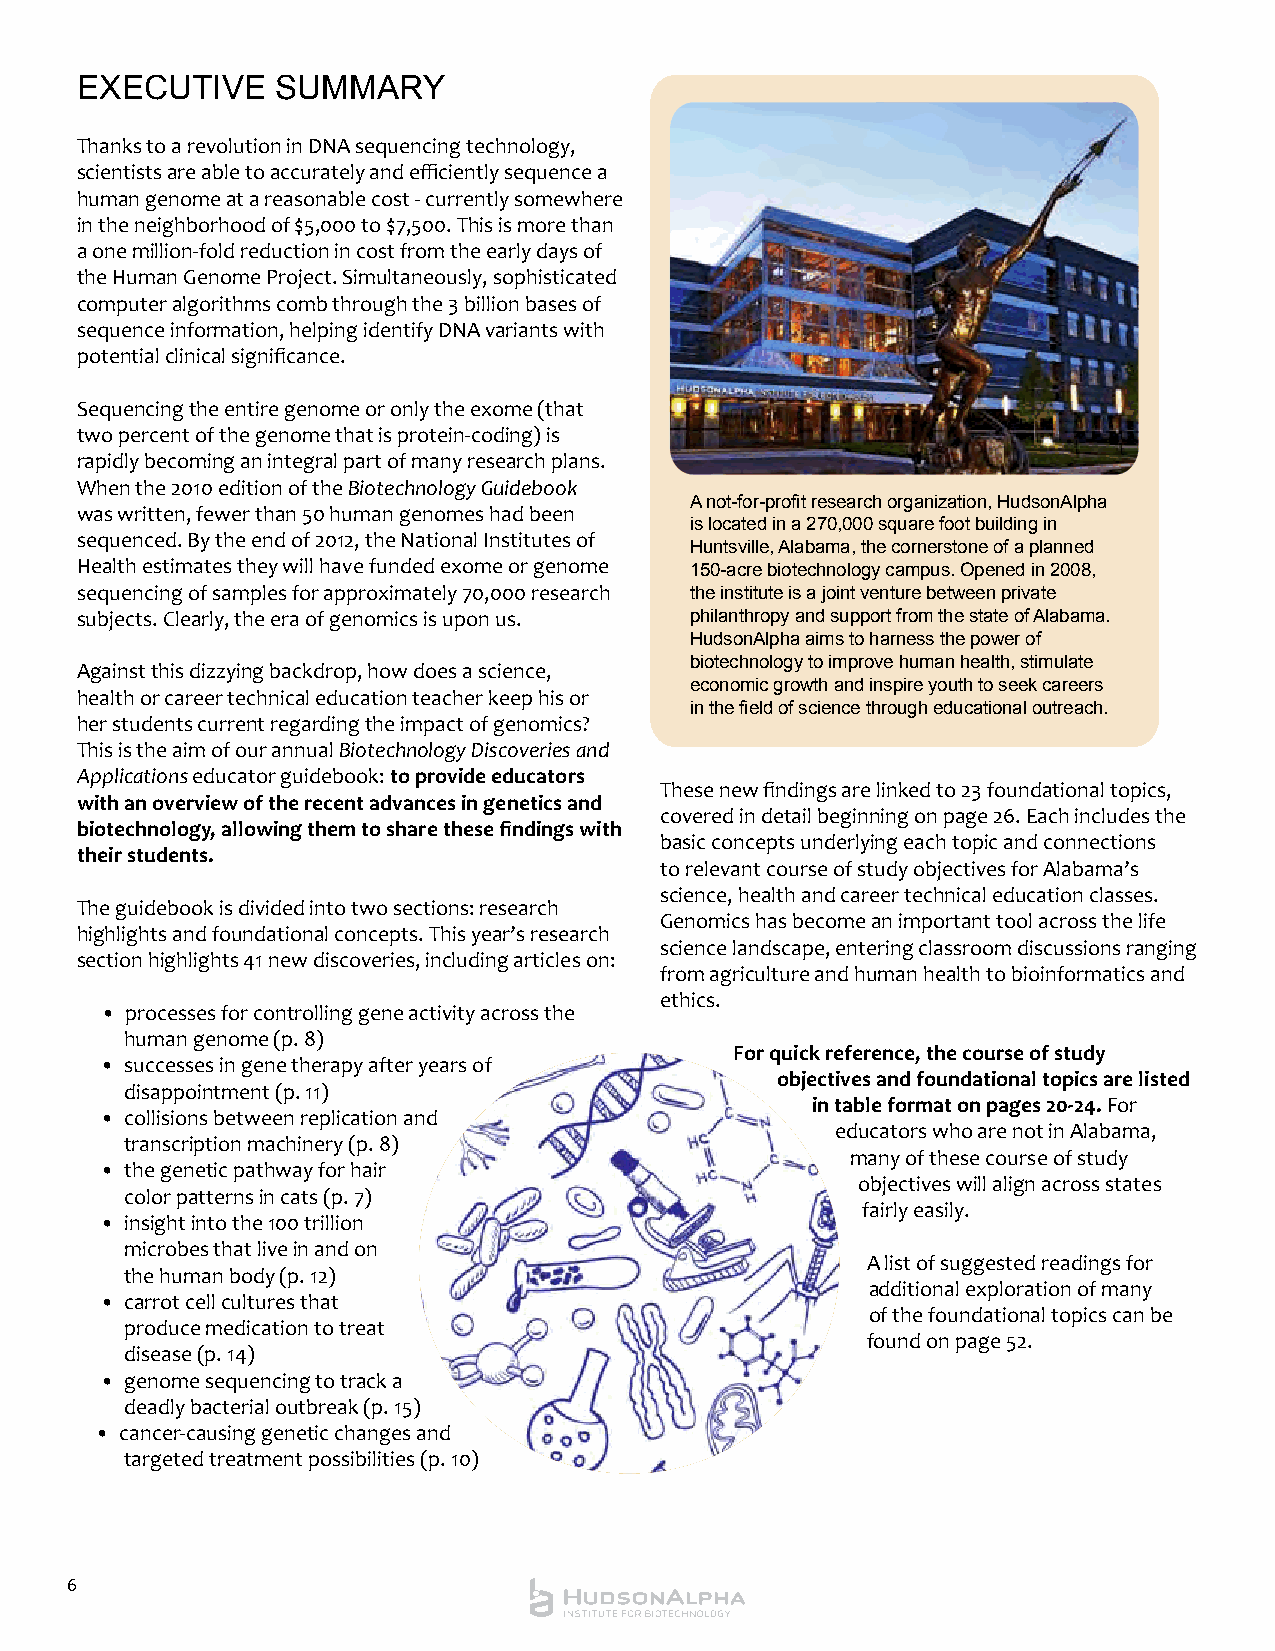
exeCUtIVe    sUMMARy
 Thanks to a revolution in DNA sequencing technology,
 scientists are able to accurately and efficiently sequence a
 human genome at a reasonable cost - currently somewhere
 in the neighborhood of $5,000 to $7,500. This is more than
 a one million-fold reduction in cost from the early days of
 the Human Genome Project. Simultaneously, sophisticated
 computer algorithms comb through the 3 billion bases of
 sequence information, helping identify DNA variants with
 potential clinical significance.
 Sequencing the entire genome or only the exome (that
 two percent of the genome that is protein-coding) is
 rapidly becoming an integral part of many research plans.
 When the 2010 edition of the Biotechnology Guidebook
 A not-for-profit research organization, HudsonAlpha
 was written, fewer than 50 human genomes had been
 is located in a 270,000 square foot building in
 sequenced. By the end of 2012, the National Institutes of
 Huntsville, Alabama, the cornerstone of a planned
 Health estimates they will have funded exome or genome 150-acre biotechnology campus. Opened in 2008,
 sequencing of samples for approximately 70,000 research the institute is a joint venture between private
 subjects. Clearly, the era of genomics is upon us. philanthropy and support from the state of Alabama.
 HudsonAlpha aims to harness the power of
 biotechnology to improve human health, stimulate
 Against this dizzying backdrop, how does a science,
 economic growth and inspire youth to seek careers
 health or career technical education teacher keep his or
 in the field of science through educational outreach.
 her students current regarding the impact of genomics?
 This is the aim of our annual Biotechnology Discoveries and
 Applications educator guidebook: to provide educators
 These new findings are linked to 23 foundational topics,
 with an overview of the recent advances in genetics and
 covered in detail beginning on page 26. Each includes the
 biotechnology, allowing them to share these findings with
 basic concepts underlying each topic and connections
 their students.
 to relevant course of study objectives for Alabama’s
 science, health and career technical education classes.
 The guidebook is divided into two sections: research
 Genomics has become an important tool across the life
 highlights and foundational concepts. This year’s research
 science landscape, entering classroom discussions ranging
 section highlights 41 new discoveries, including articles on:
 from agriculture and human health to bioinformatics and
 ethics.
 • processes for controlling gene activity across the
 human genome (p. 8)
 For quick reference, the course of study
 • successes in gene therapy after years of
 objectives and foundational topics are listed
 disappointment (p. 11)
 in table format on pages 20-24. For
 • collisions between replication and
 educators who are not in Alabama,
 transcription machinery (p. 8)
 many of these course of study
 • the genetic pathway for hair
 objectives will align across states
 color patterns in cats (p. 7)
 fairly easily.
 • insight into the 100 trillion
 microbes that live in and on
 A list of suggested readings for
 the human body (p. 12)
 additional exploration of many
 • carrot cell cultures that
 of the foundational topics can be
 produce medication to treat
 found on page 52.
 disease (p. 14)
 • genome sequencing to track a
 deadly bacterial outbreak (p. 15)
 • cancer-causing genetic changes and
 targeted treatment possibilities (p. 10)
 6